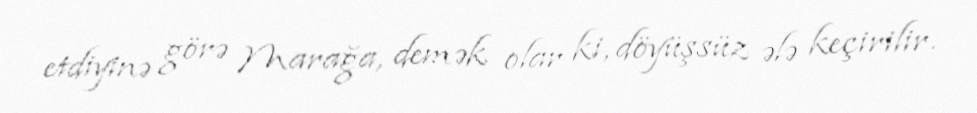
etdiyinə görə Marağa, demək olar ki, döyüşsüz ələ keçirilir.